Regulations for the medical services of the Army of India
Year: 1930
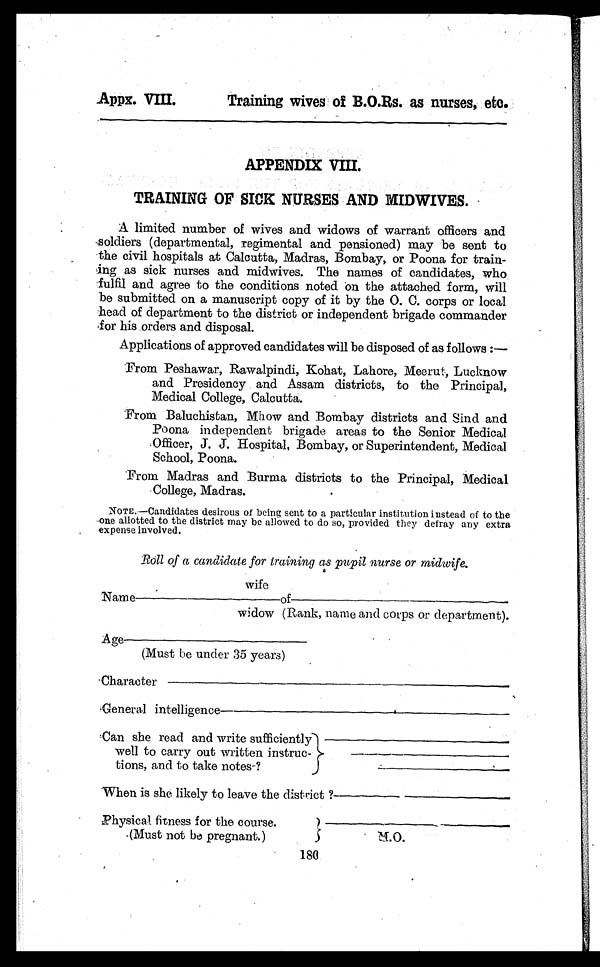
Appx. VIII.
Training wives of B.O.Rs. as nurses, etc.
APPENDIX VIII.
TRAINING OF SICK NURSES AND MIDWIVES .
A limited number of wives and widows of warrant officers and
soldiers (departmental, regimental and pensioned) may be sent to
the civil hospitals at Calcutta, Madras, Bombay, or Poona for train-
ing as sick nurses and midwives. The names of candidates, who
fulfil and agree to the conditions noted on the attached form, will
be submitted on a manuscript copy of it by the O. C. corps or local
head of department to the district or independent brigade commander
for his orders and disposal.
Applications of approved candidates will be disposed of as follows :
—
From Peshawar, Rawalpindi, Kohat, Lahore, Meerut, Lucknow
and Presidency and Assam districts, to the Principal,
Medical College, Calcutta.
From Baluchistan, Mhow and Bombay districts and Sind and
Poona independent brigade areas to the Senior Medical
Officer, J. J. Hospital, Bombay, or Superintendent, Medical
School, Poona.
From Madras and Burma districts to the Principal, Medical
College, Madras.
NOTE. —Candidates desirous of being sent to a particular institution instead of to the
one allotted to the district may be allowed to do so, provided they defray any extra
expense involved.
Roll of a candidate for training as pupil nurse or midwife .
wife
Name
of
widow (Rank, name and corps or department).
Age
(Must be under 35 years)
Character
General intelligence
Can she read and write sufficiently
well to carry out written instruc-
tions, and to take notes-?
When is she likely to leave the district ?
Physical fitness for the course.
(Must not be pregnant.)
M.O.
180